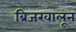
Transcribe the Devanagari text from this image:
ब्रिजखालून